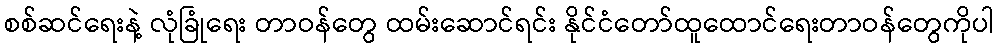
စစ်ဆင်ရေးနဲ့ လုံခြုံရေး တာဝန်တွေ ထမ်းဆောင်ရင်း နိုင်ငံတော်ထူထောင်ရေးတာဝန်တွေကိုပါ